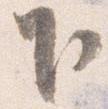
下